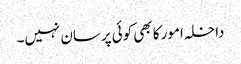
داخلہ امور کا بھی کوئی پرسان نہیں۔